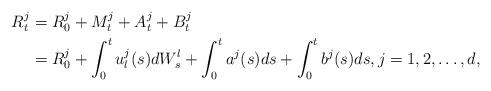
LaTeX: \begin{align*} R^j_t&= R^j_0+M^j_t+A^j_t +B^j_t \\ &= R^j_0 + \int_0^t u^j_l(s)dW^l_s+\int_0^t a^j(s)ds+\int_0^t b^j(s)ds, j=1,2,\dots,d, \end{align*}